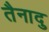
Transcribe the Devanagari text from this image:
तैनादु